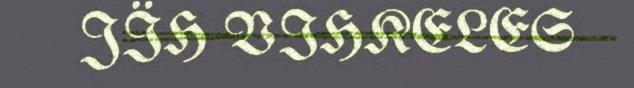
JÏH VIHKELES